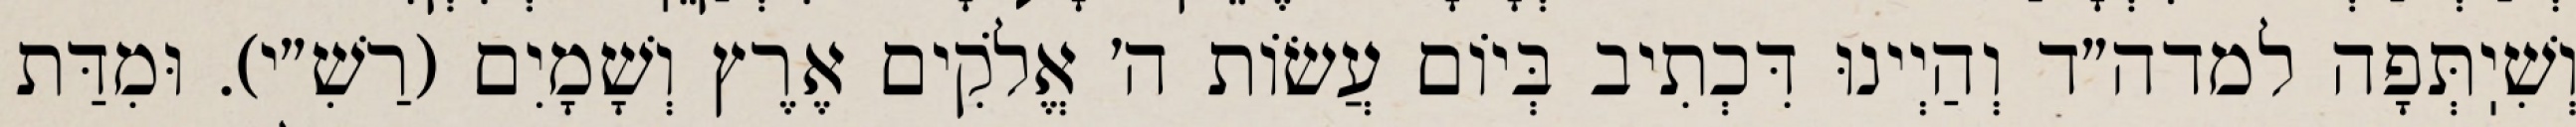
וְשִׁיֽתְּפָה למדה״ד וְהַיְינוּ דִּכְתִיב בְּיוֹם עֲשׂוֹת ה׳ אֱלֹקִים אֶרֶץ וְשָׁמָיִם (רַשִׁ״י). וּמִדַּת